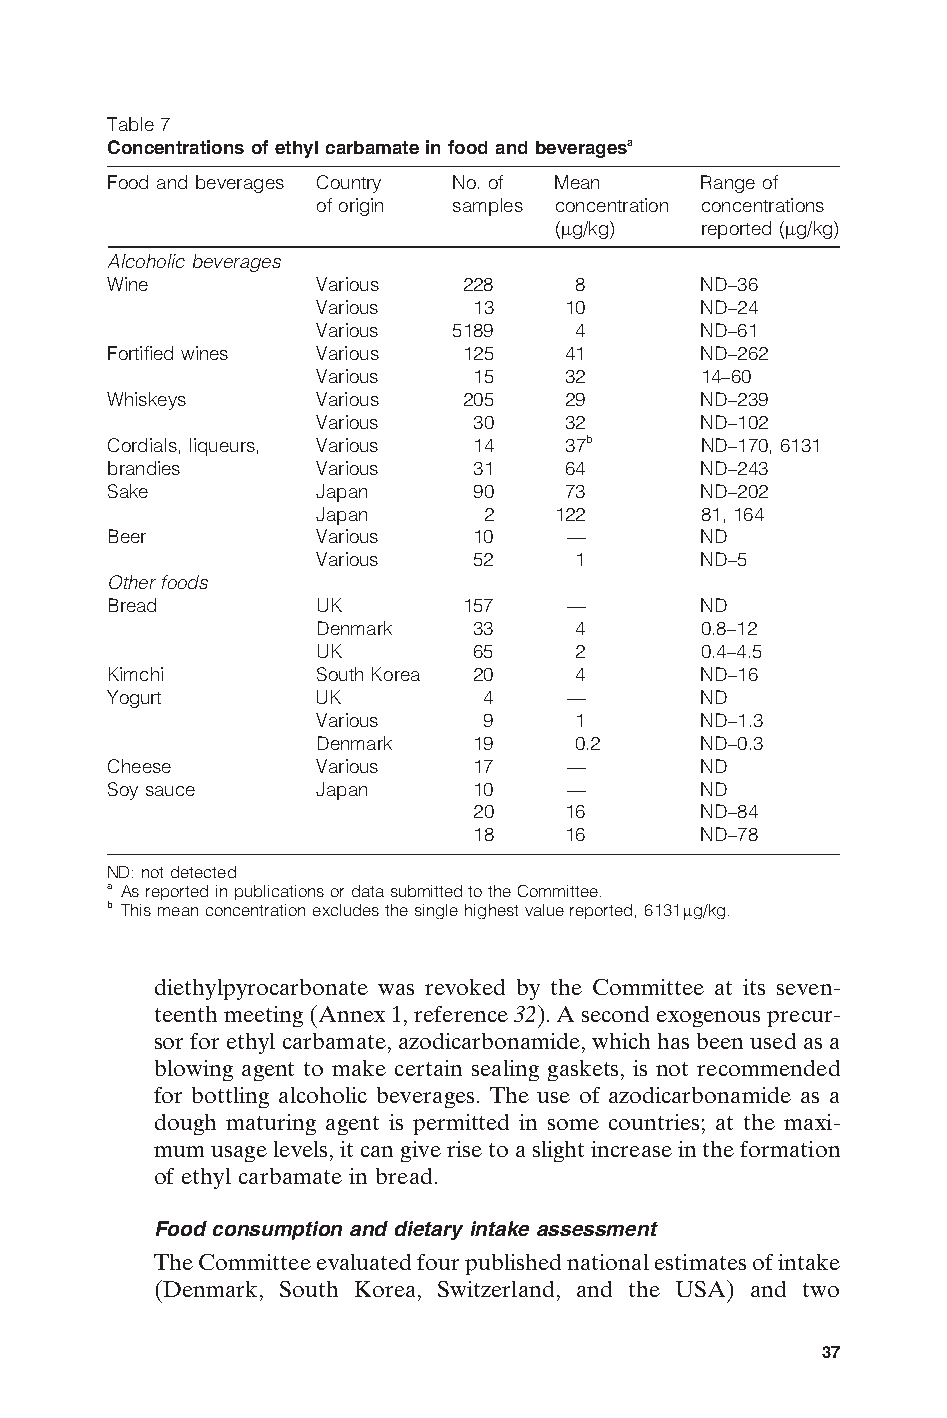
Table 7
 Concentrations of ethyl carbamate in food and beveragesa
 Food and beverages Country No. of Mean Range of
 of origin samples concentration concentrations
 (mg/kg)   reported (mg/kg)
 Alcoholic beverages
 Wine          Various  228     8       ND–36
 Various   13    10       ND–24
 Various  5189    4       ND–61
 Fortified wines Various 125   41       ND–262
 Various   15    32       14–60
 Whiskeys      Various  205    29       ND–239
 Various   30    32       ND–102
 Cordials, liqueurs, Various 14 37b     ND–170, 6131
 brandies      Various   31    64       ND–243
 Sake          Japan     90    73       ND–202
 Japan      2   122       81, 164
 Beer          Various   10    —        ND
 Various   52     1       ND–5
 Other foods
 Bread         UK       157    —        ND
 Denmark   33     4       0.8–12
 UK        65     2       0.4–4.5
 Kimchi        South Korea 20   4       ND–16
 Yogurt        UK         4    —        ND
 Various    9     1       ND–1.3
 Denmark   19     0.2     ND–0.3
 Cheese        Various   17    —        ND
 Soy sauce     Japan     10    —        ND
 20    16       ND–84
 18    16       ND–78
 ND: not detected
 a As reported in publications or data submitted to the Committee.
 b This mean concentration excludes the single highest value reported, 6131mg/kg.
 diethylpyrocarbonate was revoked by the Committee at its seven-
 teenth meeting (Annex 1, reference 32). A second exogenous precur-
 sor for ethyl carbamate, azodicarbonamide, which has been used as a
 blowing agent to make certain sealing gaskets, is not recommended
 for bottling alcoholic beverages. The use of azodicarbonamide as a
 dough maturing agent is permitted in some countries; at the maxi-
 mum usage levels, it can give rise to a slight increase in the formation
 of ethyl carbamate in bread.
 Food consumption and dietary intake assessment
 The Committee evaluated four published national estimates of intake
 (Denmark, South Korea, Switzerland, and the USA) and two E
 37
 Untitled-4       37                    12/20/05, 19:53